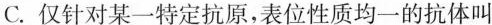
C.仅针对某--特定抗原，表位性质均一的抗体叫